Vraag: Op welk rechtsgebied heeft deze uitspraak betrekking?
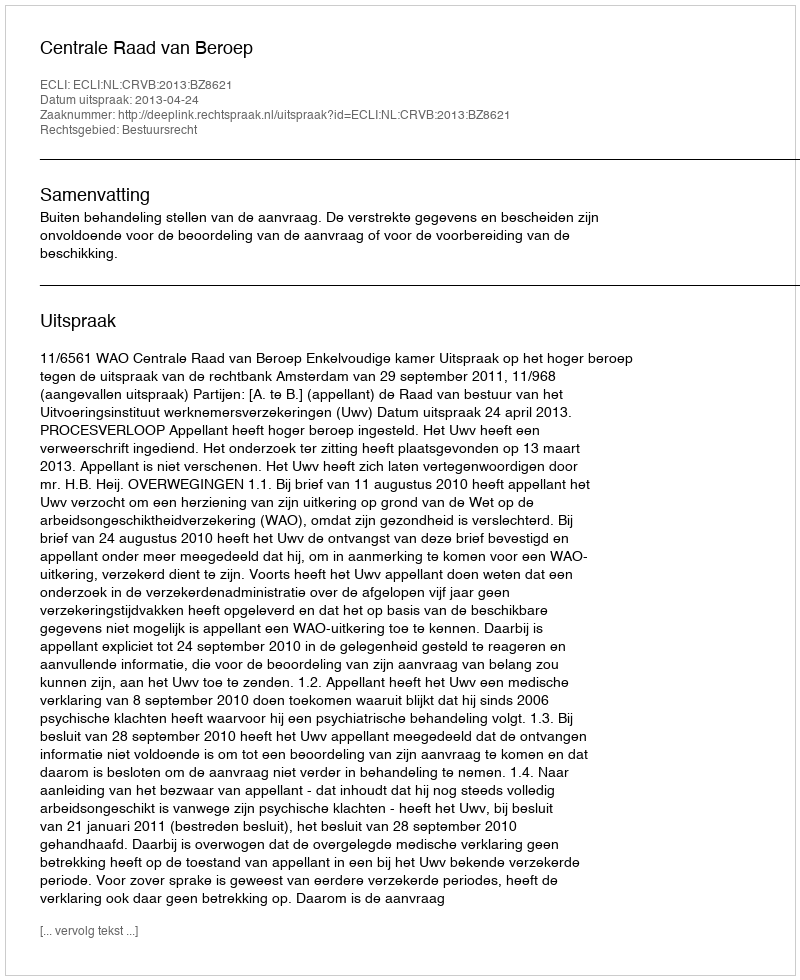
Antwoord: Bestuursrecht